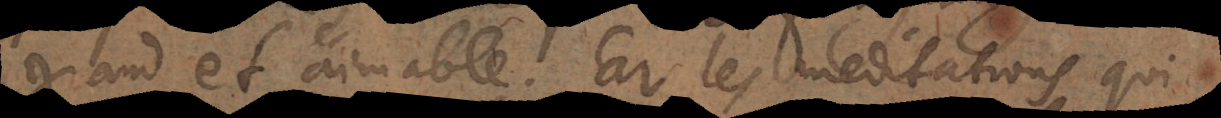
grand et aimable. Car les méditations qui